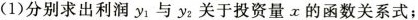
(1)分别求出利润y_{1}与y_{2}关于投资量x的函数关系式；